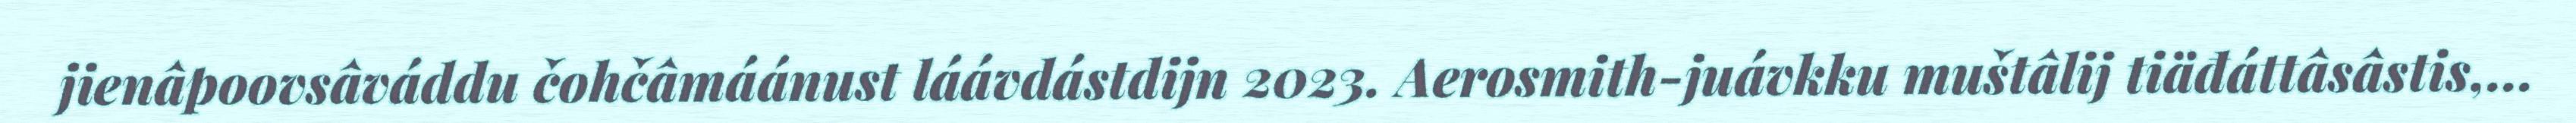
jienâpoovsâváddu čohčâmáánust láávdástdijn 2023. Aerosmith-juávkku muštâlij tiäđáttâsâstis,...